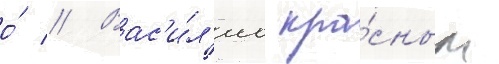
о́ // Вас'и́л'иа кра́сным